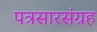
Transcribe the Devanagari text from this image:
पत्रसारसंग्रह